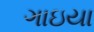
ગાઇયા